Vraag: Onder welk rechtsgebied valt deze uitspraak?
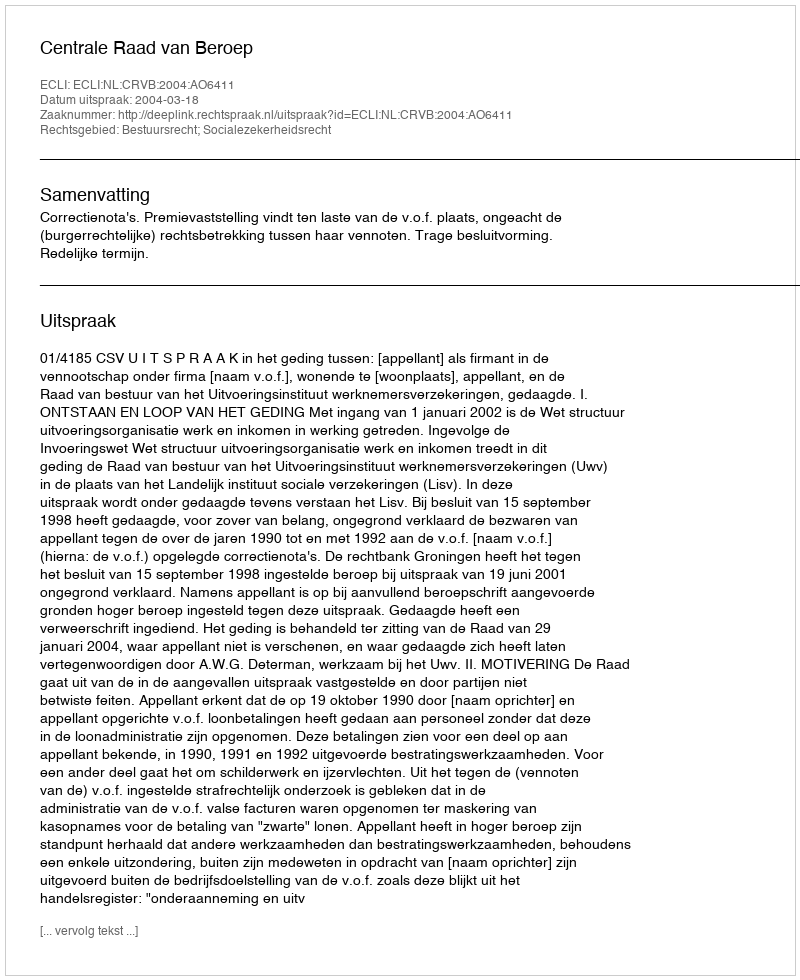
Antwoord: Bestuursrecht; Socialezekerheidsrecht